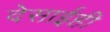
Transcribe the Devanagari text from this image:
देसाईही